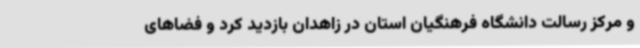
و مرکز رسالت دانشگاه فرهنگیان استان در زاهدان بازدید کرد و فضاهای